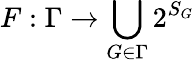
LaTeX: F:\Gamma\rightarrow\bigcup_{G\in\Gamma}2^{S_{G}}